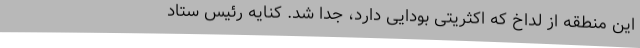
این منطقه از لداخ که اکثریتی بودایی دارد، جدا شد. کنایه رئیس ستاد